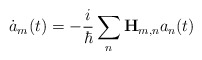
\begin{align*}\dot a_m(t)=-\frac i\hbar \sum_n{\bf H}_{m,n}a_n(t)\end{align*}